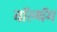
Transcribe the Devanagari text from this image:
वॉल्थॅम